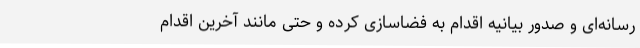
رسانه‌ای و صدور بیانیه اقدام به فضاسازی کرده و حتی مانند آخرین اقدام